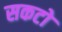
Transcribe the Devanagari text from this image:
सकटो